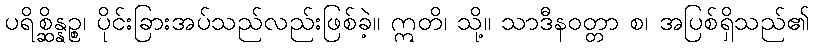
ပရိစ္ဆိန္နဉ္စ၊ ပိုင်းခြားအပ်သည်လည်းဖြစ်ခဲ့။ ဣတိ၊ သို့။ သာဒီနဝတ္တာ စ၊ အပြစ်ရှိသည်၏